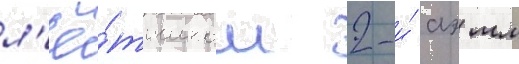
л'ё́тчиком 2-и́ аэ мл